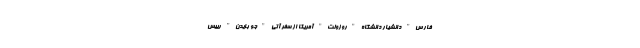
فارِس" دانشیار دانشگاه "روزولت" آمریکا از سفر آتی "جو بایدن" رییس